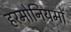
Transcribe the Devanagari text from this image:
हरमोनियमों